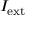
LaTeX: I _ { \mathrm { e x t } }